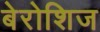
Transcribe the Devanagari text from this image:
बेरोशिज